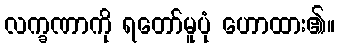
လက္ခဏာကို ရတော်မူပုံ ဟောထား၏။